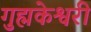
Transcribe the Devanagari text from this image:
गुह्मकेश्वरी